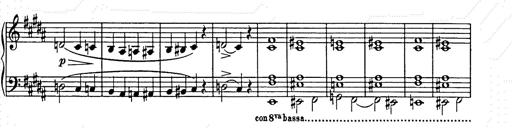
Title: Unstern!
Composer: Franz Liszt